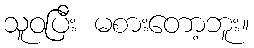
သူဝပြီး မစားတော့ဘူး။